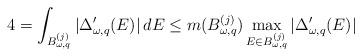
LaTeX: \begin{align*}4 = \int_{B_{\omega,q}^{(j)}} |\Delta'_{\omega,q}(E)| \,dE\leq m(B_{\omega,q}^{(j)}) \max_{E\in B_{\omega,q}^{(j)}} |\Delta'_{\omega,q}(E)|\end{align*}